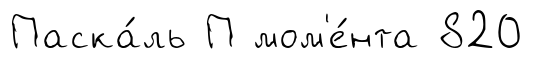
Паска́ль П мом'е́нта 820